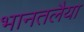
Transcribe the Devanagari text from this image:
भानतलैया